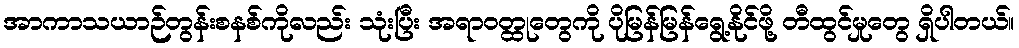
အာကာသယာဉ်တွန်းစနစ်ကိုလည်း သုံးပြီး အရာဝတ္ထုတွေကို ပိုမြန်မြန်ရွေ့နိုင်ဖို့ တီထွင်မှုတွေ ရှိပါတယ်။